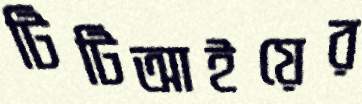
টিটিআইয়ের